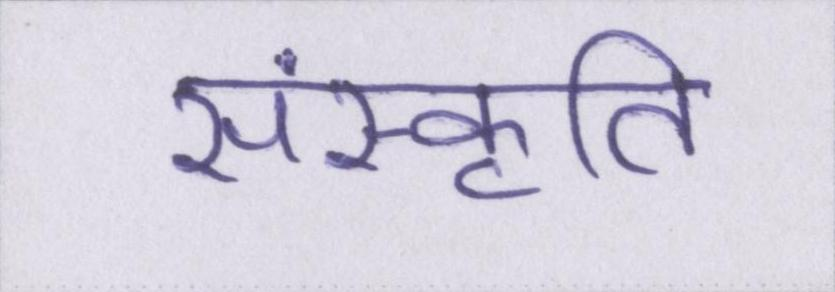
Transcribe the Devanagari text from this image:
संस्कृति